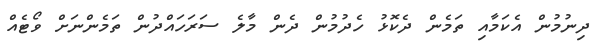
ދިނުމުން އެކަމާއި ތަމެން ދެކޮޅު ހެދުމުން ދެން މާލެ ސަރަހައްދުން ތަމެންނަށް ވޯޓެއް